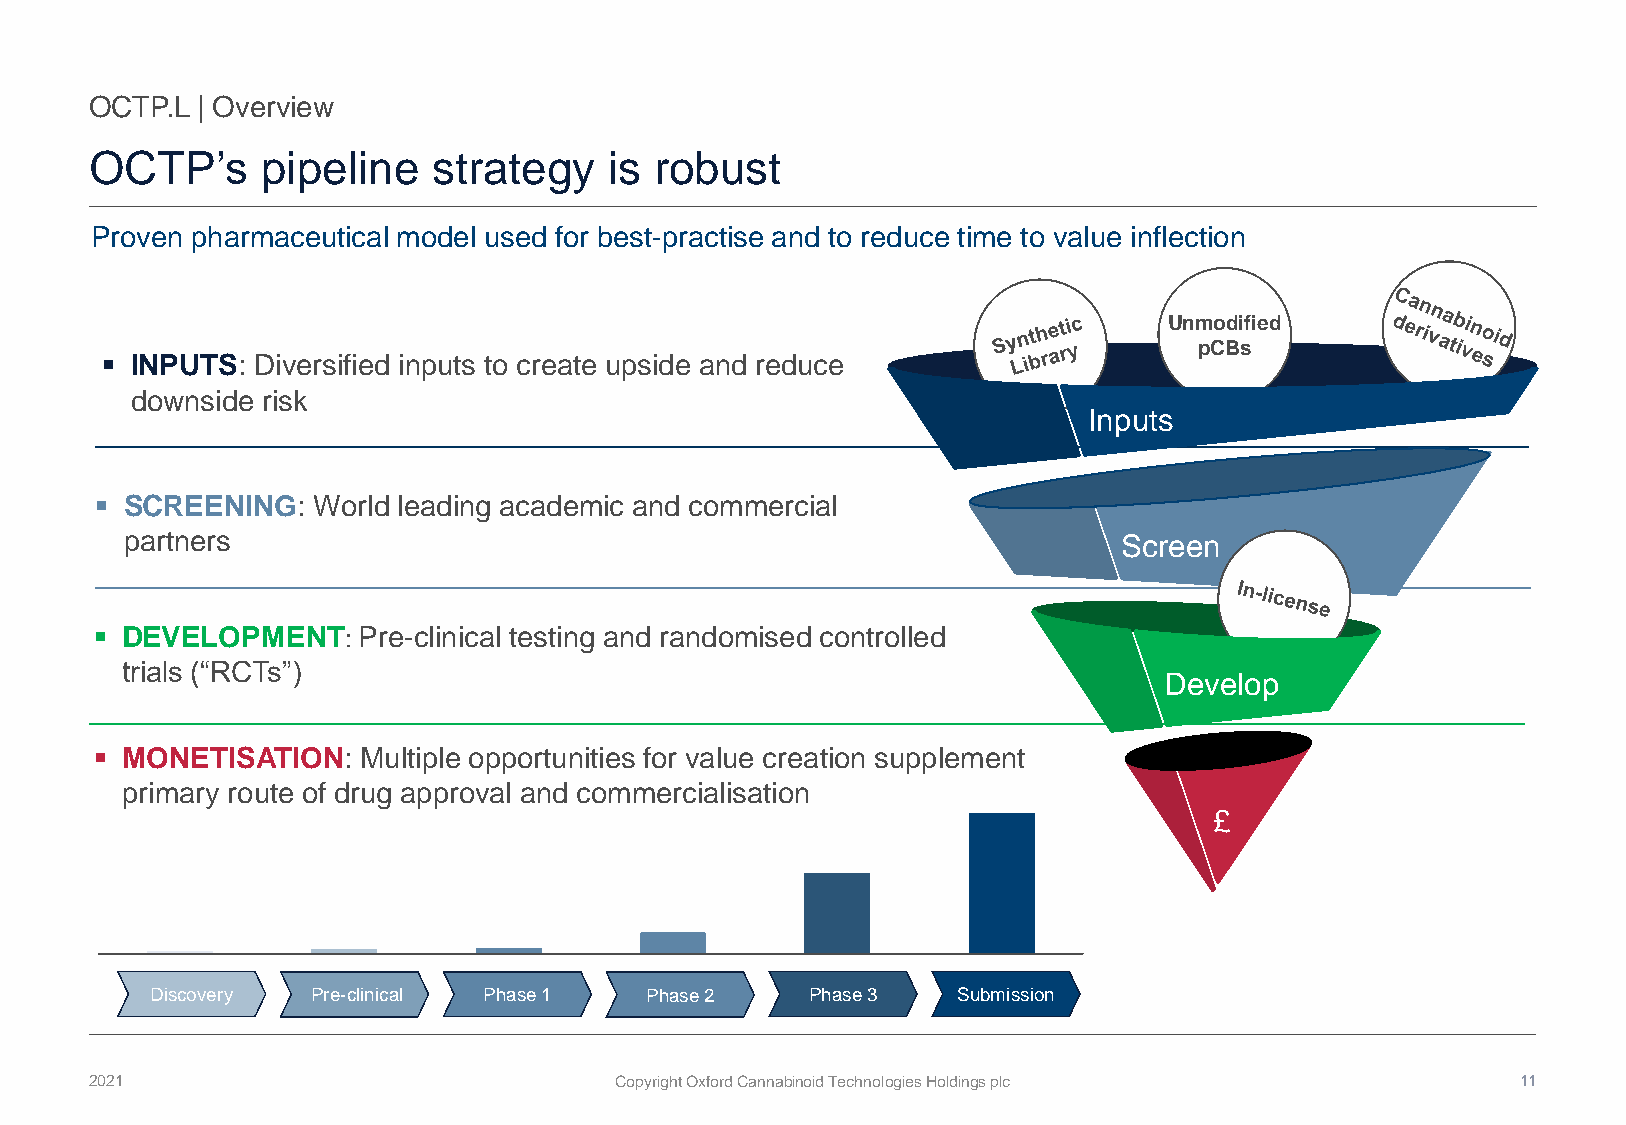
OCTP.L | Overview
 OCTP’s     pipeline    strategy   is robust
 Proven pharmaceutical model used for best-practise and to reduce time to value inflection
 Unmodified
 pCBs
 ▪ INPUTS: Diversified inputs to create upside and reduce
 downside risk
 Inputs
 ▪ SCREENING:   World leading academic and commercial
 partners                                                          Screen
 ▪ DEVELOPMENT:    Pre-clinical testing and randomised controlled
 trials (“RCTs”)
 Develop
 ▪ MONETISATION:   Multiple opportunities for value creation supplement
 primary route of drug approval and commercialisation
 £
 Discovery Pre-clinical Phase 1  Phase 2    Phase 3    Approval
 Discovery  Pre-clinical Phase 1  Phase 2    Phase 3  Submission
 2021                               Copyright Oxford Cannabinoid Technologies Holdings plc      11